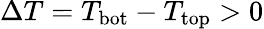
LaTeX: \Delta T=T_{\mathrm{bot}}-T_{\mathrm{top}}>0